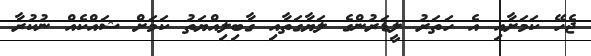
ޖެހޭ ކަމަށާއި އެ ހަތަރު ލީޑަރުންގެ ލަޔާގަތާއި ގާބިލިއްޔަތު ކަމަށް ޝައްކެއް ނުކުރާ